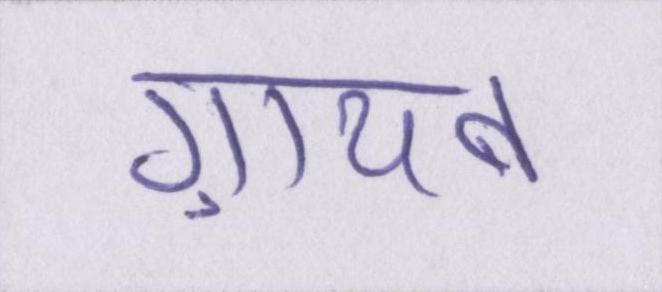
ग़ायब